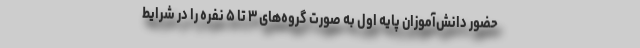
حضور دانش‌آموزان پایه اول به صورت گروه‌های ۳ تا ۵ نفره را در شرایط